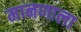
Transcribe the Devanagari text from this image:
मानणाला